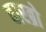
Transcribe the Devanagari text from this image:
बारब्रो